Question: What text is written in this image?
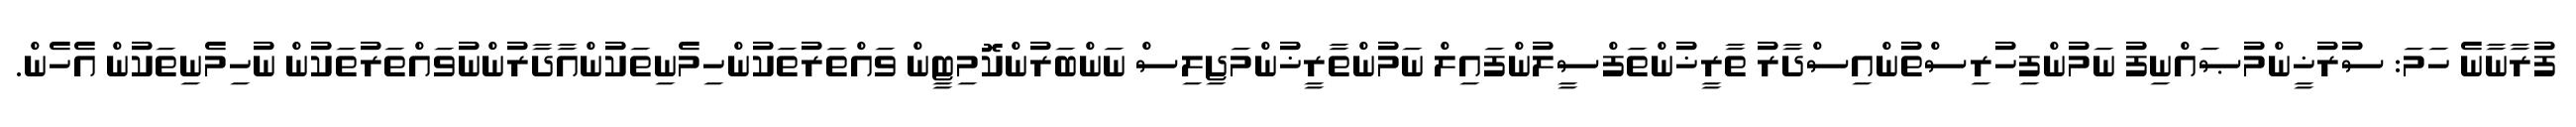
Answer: ފުރާނާނެ ހަމަ: ސުރުޚީންމުޞައްނިފު ނަމުންފިހުރިސްތުންއިސްދާރު ތާރީޚުންތަފްސީލުންފައިލް ނަމުންތާރީޚުންމަޖިލިސް ނަންބަރުންކޮމިޓީން ވައްތަރުތަކުންހިމެނިތަކުންއާދާރުންނުވައްތަރުތަކުން ނުހިމެނިތަކުން އެހެން.